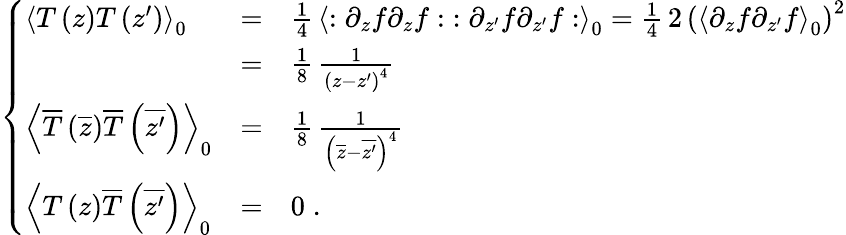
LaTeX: \left\{ \begin{array}{lcl}{{{\left<T\left(z\right)T\left(z^{\prime}\right)\right>}_{0}}}&{{=}}&{{{\frac{1}{4}}\, {\left<:\partial_{z}f\partial_{z}f:\; :\partial_{z^{\prime}}f\partial_{z^{\prime}}f:\right>}_{0}={\frac{1}{4}}\, 2\, {\left({\left<\partial_{z}f\partial_{z^{\prime}}f\right>}_{0}\right)}^{2}}}\\ {{\ }}&{{=}}&{{{\frac{1}{8}}\, {\frac{1}{{\left(z-z^{\prime}\right)}^{4}}}}}\\ {{{\left<\overline{{T}}\left(\overline{{z}}\right)\overline{{T}}\left(\overline{{{z^{\prime}}}}\right)\right>}_{0}}}&{{=}}&{{{\frac{1}{8}}\, {\frac{1}{{\left(\overline{{z}}-\overline{{{z^{\prime}}}}\right)}^{4}}}}}\\ {{{\left<T\left(z\right)\overline{{T}}\left(\overline{{{z^{\prime}}}}\right)\right>}_{0}}}&{{=}}&{{0\; .}}\end{array}\right.